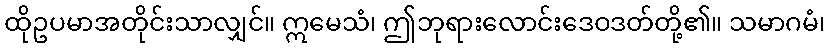
ထိုဥပမာအတိုင်းသာလျှင်။ ဣမေသံ၊ ဤဘုရားလောင်းဒေဝဒတ်တို့၏။ သမာဂမံ၊